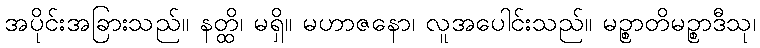
အပိုင်းအခြားသည်။ နတ္ထိ၊ မရှိ။ မဟာဇနော၊ လူအပေါင်းသည်။ မဉ္စာတိမဉ္စာဒီသု၊